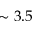
\sim 3 . 5